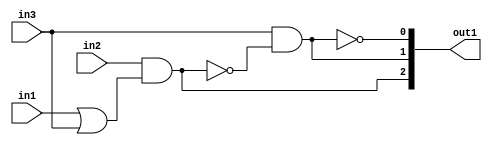
`timescale 1ps / 1ps
/*****************************************************************************
    Verilog RTL Description
    
    
    Created by: Stratus DpOpt 2019.1.01 
*******************************************************************************/

module GaussFilter_gen_busy_r_4 (
	in1,
	in2,
	in3,
	out1
	); /* architecture "behavioural" */ 
input  in1,
	in2,
	in3;
output [2:0] out1;
wire  asc004,
	asc005,
	asc007,
	asc009;
wire [2:0] asc010;

assign asc005 = 
	(in1)
	|(in3);

assign asc004 = 
	(in2)
	&(asc005);

assign asc007 = 
	(in3)
	&((~asc004));

assign asc009 = 
	((~asc007));

assign asc010 = {asc004,asc007,asc009};

assign out1 = asc010;
endmodule

/* CADENCE  v7D0Sws= : u9/ySgnWtBlWxVPRXgAZ4Og= ** DO NOT EDIT THIS LINE ******/